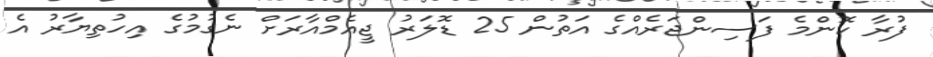
ފުރާ ކޮންމެ ފަސިންޖަރެއްގެ އަތުން 25 ޑޮލަރު ޖީއެމްއާރަށް ނެގުމުގެ އިހުތިޔާރު އެ